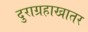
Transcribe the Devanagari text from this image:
दुराग्रहाखातर